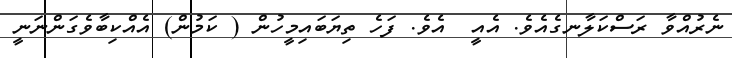
ނެރުއްވާ ރަސްކަލާނގެއެވެ. އެއީ  އެވެ. ފަހެ ތިޔަބައިމީހުން ( ކަމުން) އެއްކިބާވެގަންނަނީ